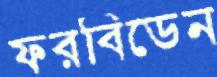
ফরবিডেন